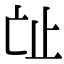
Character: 𣥊